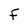
Character: F